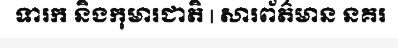
ទារក និងកុមារជាតិ | សារព័ត៌មាន នគរ